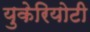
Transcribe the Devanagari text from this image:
युकेरियोटी